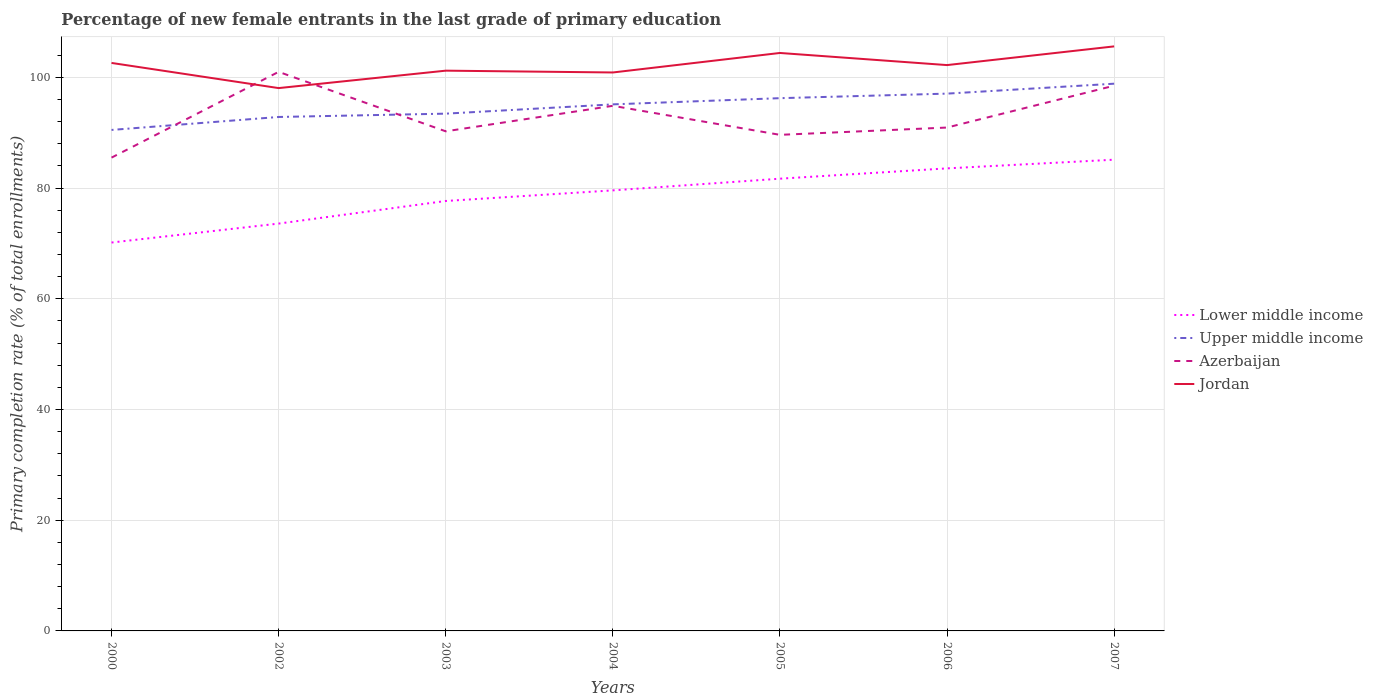
| Years | Lower middle income | Upper middle income | Azerbaijan | Jordan |
 | --- | --- | --- | --- | --- |
 | 2000 | 70.2 | 90.5 | 85.5 | 103 |
 | 2002 | 73.6 | 92.8 | 101 | 98.1 |
 | 2003 | 77.7 | 93.4 | 90.2 | 101 |
 | 2004 | 79.6 | 95.1 | 94.9 | 101 |
 | 2005 | 81.7 | 96.2 | 89.6 | 104 |
 | 2006 | 83.6 | 97.1 | 90.9 | 102 |
 | 2007 | 85.1 | 98.9 | 98.5 | 106 |